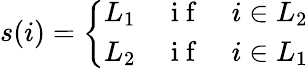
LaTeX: \begin{array}{r}{s(i)=\left\{ \begin{array}{ccc}{L_{1}}&{\mathrm{~i~f~}}&{i\in L_{2}}\\ {L_{2}}&{\mathrm{~i~f~}}&{i\in L_{1}}\end{array}\right.}\end{array}